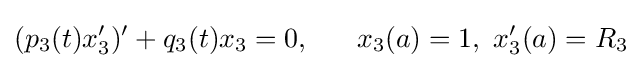
(p_{3}(t)x_{3}^{\prime })^{\prime }+q_{3}(t)x_{3}=0,\,\,\,\,\,\,\,\,\,\,x_{3}(a)=1,\,\,x_{3}^{\prime }(a)=R_{3}